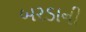
બરડાની